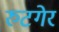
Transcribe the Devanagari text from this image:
रुटगेर